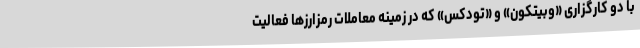
با دو کارگزاری «وبیتکون» و «تودکس» که در زمینه معاملات رمزارزها فعالیت